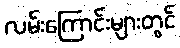
လမ်းကြောင်းများတွင်